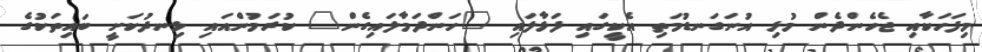
މިފަހަކާއި ޖެހެންދެން މުޅި އުނަގަނޑުމަތި އެކީގައި ފަޅާލައި "ހަންދަމާލައިގެން" ކުރަމުންއައި ޅިނދުކަށީ ބައިތަކުގެ